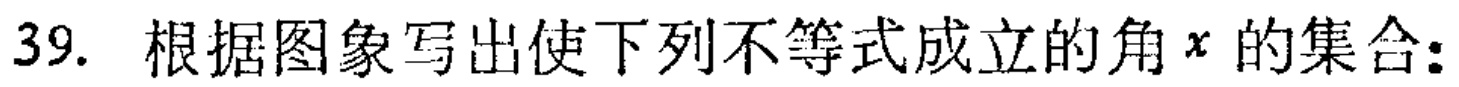
39. 根据图象写出使下列不等式成立的角\(x\)的集合：